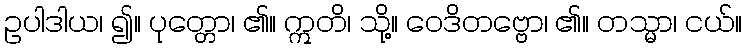
ဥပါဒါယ၊ ၍။ ပုတ္တော၊ ၏။ ဣတိ၊ သို့။ ဝေဒိတဗ္ဗော၊ ၏။ တသ္မာ၊ ငယ်။